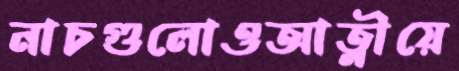
নাচগুলোওআত্নীয়ে